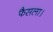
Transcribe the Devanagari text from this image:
फैसला।